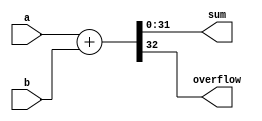
module adder(a,b,sum,overflow);
input signed [31:0] a,b;
output signed  [31:0] sum;
output overflow;

wire signed [32:0] temp;

assign temp = a + b;
assign sum = temp[31:0];
assign overflow = temp[32];

endmodule